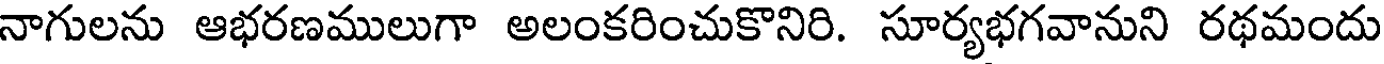
నాగులను ఆభరణములుగా అలంకరించుకొనిరి. సూర్యభగవానుని రథమందు